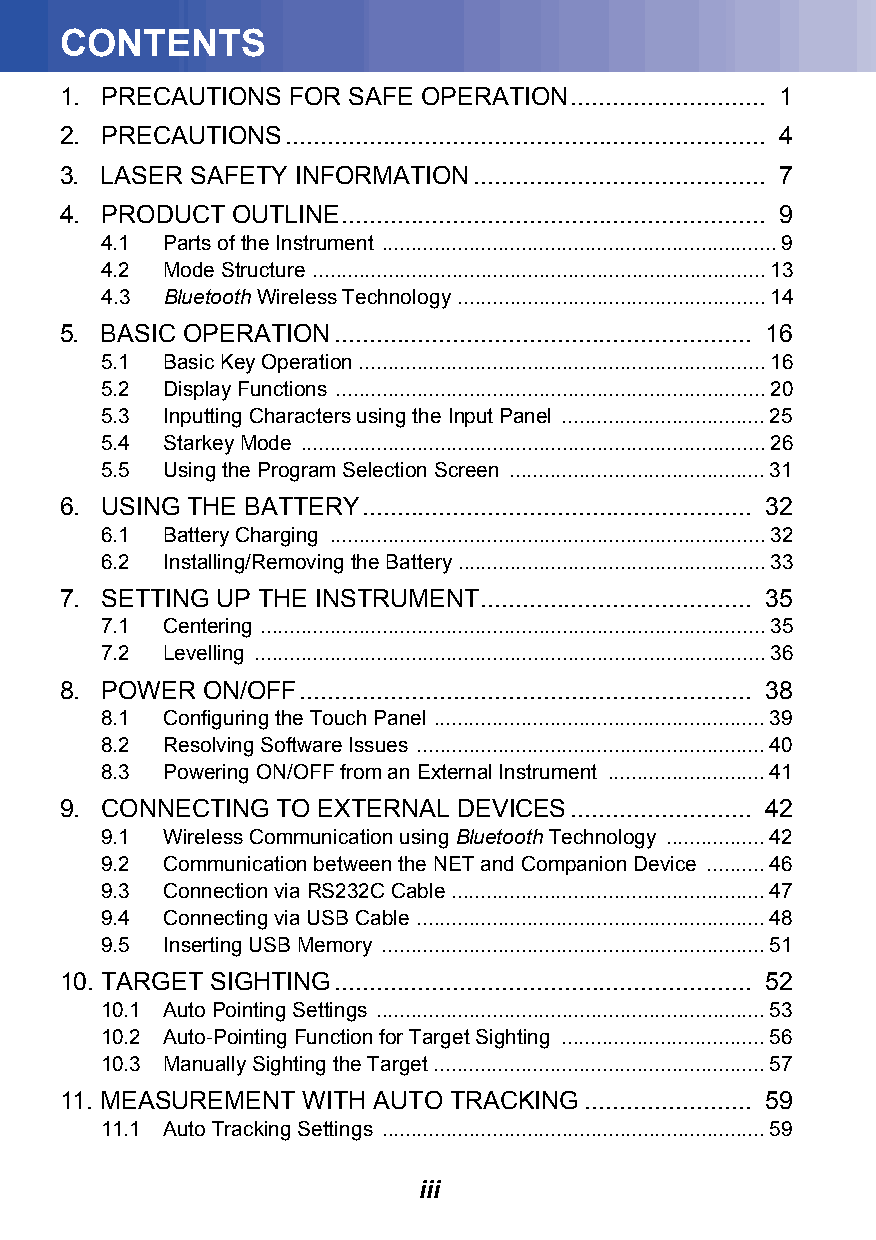
CONTENTS
 1. PRECAUTIONS FOR SAFE OPERATION............................ 1
 2. PRECAUTIONS..................................................................... 4
 3. LASER SAFETY INFORMATION.......................................... 7
 4. PRODUCT OUTLINE............................................................. 9
 4.1 Parts of the Instrument ....................................................................9
 4.2 Mode Structure ..............................................................................13
 4.3 Bluetooth Wireless Technology .....................................................14
 5. BASIC OPERATION............................................................ 16
 5.1 Basic Key Operation ......................................................................16
 5.2 Display Functions ..........................................................................20
 5.3 Inputting Characters using the Input Panel ...................................25
 5.4 Starkey Mode ................................................................................26
 5.5 Using the Program Selection Screen ............................................31
 6. USING THE BATTERY........................................................ 32
 6.1 Battery Charging ...........................................................................32
 6.2 Installing/Removing the Battery .....................................................33
 7. SETTING UP THE INSTRUMENT....................................... 35
 7.1 Centering .......................................................................................35
 7.2 Levelling ........................................................................................36
 8. POWER ON/OFF................................................................. 38
 8.1 Configuring the Touch Panel .........................................................39
 8.2 Resolving Software Issues ............................................................40
 8.3 Powering ON/OFF from an External Instrument ...........................41
 9. CONNECTING TO EXTERNAL DEVICES.......................... 42
 9.1 Wireless Communication using Bluetooth Technology .................42
 9.2 Communication between the NET and Companion Device ..........46
 9.3 Connection via RS232C Cable ......................................................47
 9.4 Connecting via USB Cable ............................................................48
 9.5 Inserting USB Memory ..................................................................51
 10. TARGET SIGHTING............................................................ 52
 10.1 Auto Pointing Settings ...................................................................53
 10.2 Auto-Pointing Function for Target Sighting ...................................56
 10.3 Manually Sighting the Target .........................................................57
 11. MEASUREMENT WITH AUTO TRACKING........................ 59
 11.1 Auto Tracking Settings ..................................................................59
 iii